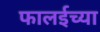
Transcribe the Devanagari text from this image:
फालईच्या